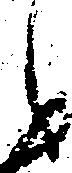
候